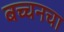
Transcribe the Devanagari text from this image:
बच्चनचा